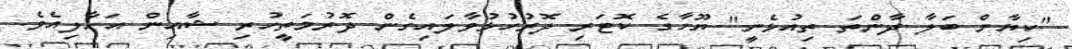
"ކިޔާން ބަލާ ދާންތަ ތިއުޅެނީ" ޔޫހާގެ ކޮޓަރި ދޮރުހުޅުވާލައިގެން ދޮރުމަތީހުރި ޝާއިން އަހާލިއެވެ.